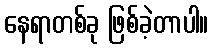
နေရာတစ်ခု ဖြစ်ခဲ့တာပါ။